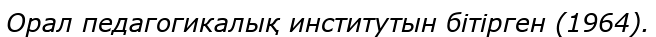
Орал педагогикалық институтын бітірген (1964).